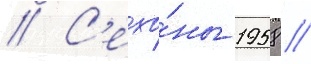
// С'езо́ны 1958 /